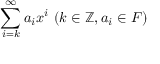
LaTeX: \sum _ { i = k } ^ { \infty } a _ { i } x ^ { i } \ ( k \in \mathbb { Z } , a _ { i } \in F )